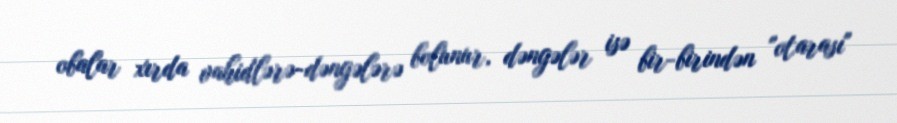
obalar xırda vahidlərə-dəngələrə bolunur, dəngələr isə bir-birindən "otarası"